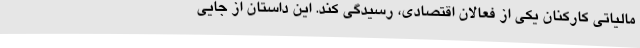
مالیاتی کارکنان یکی از فعالان اقتصادی، رسیدگی کند. این داستان از جایی